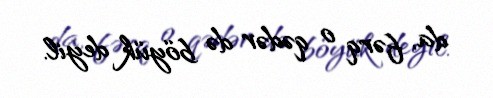
da, fərq o qədər də böyük deyil.